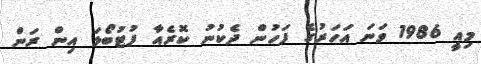
މިއީ 1986 ވަނަ އަހަރުގެ ފަހުން ދެކުނު ކޮރެއާ ފުޓުބޯޅަ އިން ރަން